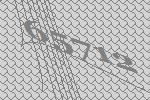
65712